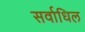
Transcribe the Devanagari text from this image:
सर्वाधिल